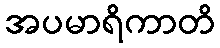
အပမာရိကာတိ